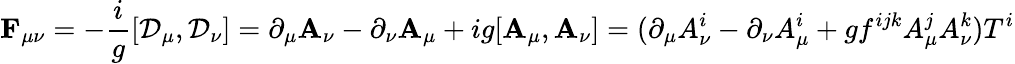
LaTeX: \mathbf{F}_{\mu\nu}=-{\frac{i}{g}}[\mathbf{\mathcal{D}}_{\mu},\mathbf{\mathcal{D}}_{\nu}]=\partial_{\mu}\mathbf{A}_{\nu}-\partial_{\nu}\mathbf{A}_{\mu}+ig[\mathbf{A}_{\mu},\mathbf{A}_{\nu}]=(\partial_{\mu}A_{\nu}^{i}-\partial_{\nu}A_{\mu}^{i}+gf^{ijk}A_{\mu}^{j}A_{\nu}^{k})T^{i}